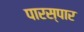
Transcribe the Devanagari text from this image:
पारस्पार